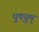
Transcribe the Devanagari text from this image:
पुष़युम्